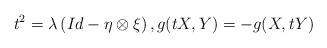
LaTeX: \begin{align*} t^{2} =\lambda \left(Id-\eta \otimes \xi \right), g(tX, Y)=-g(X, tY)\end{align*}